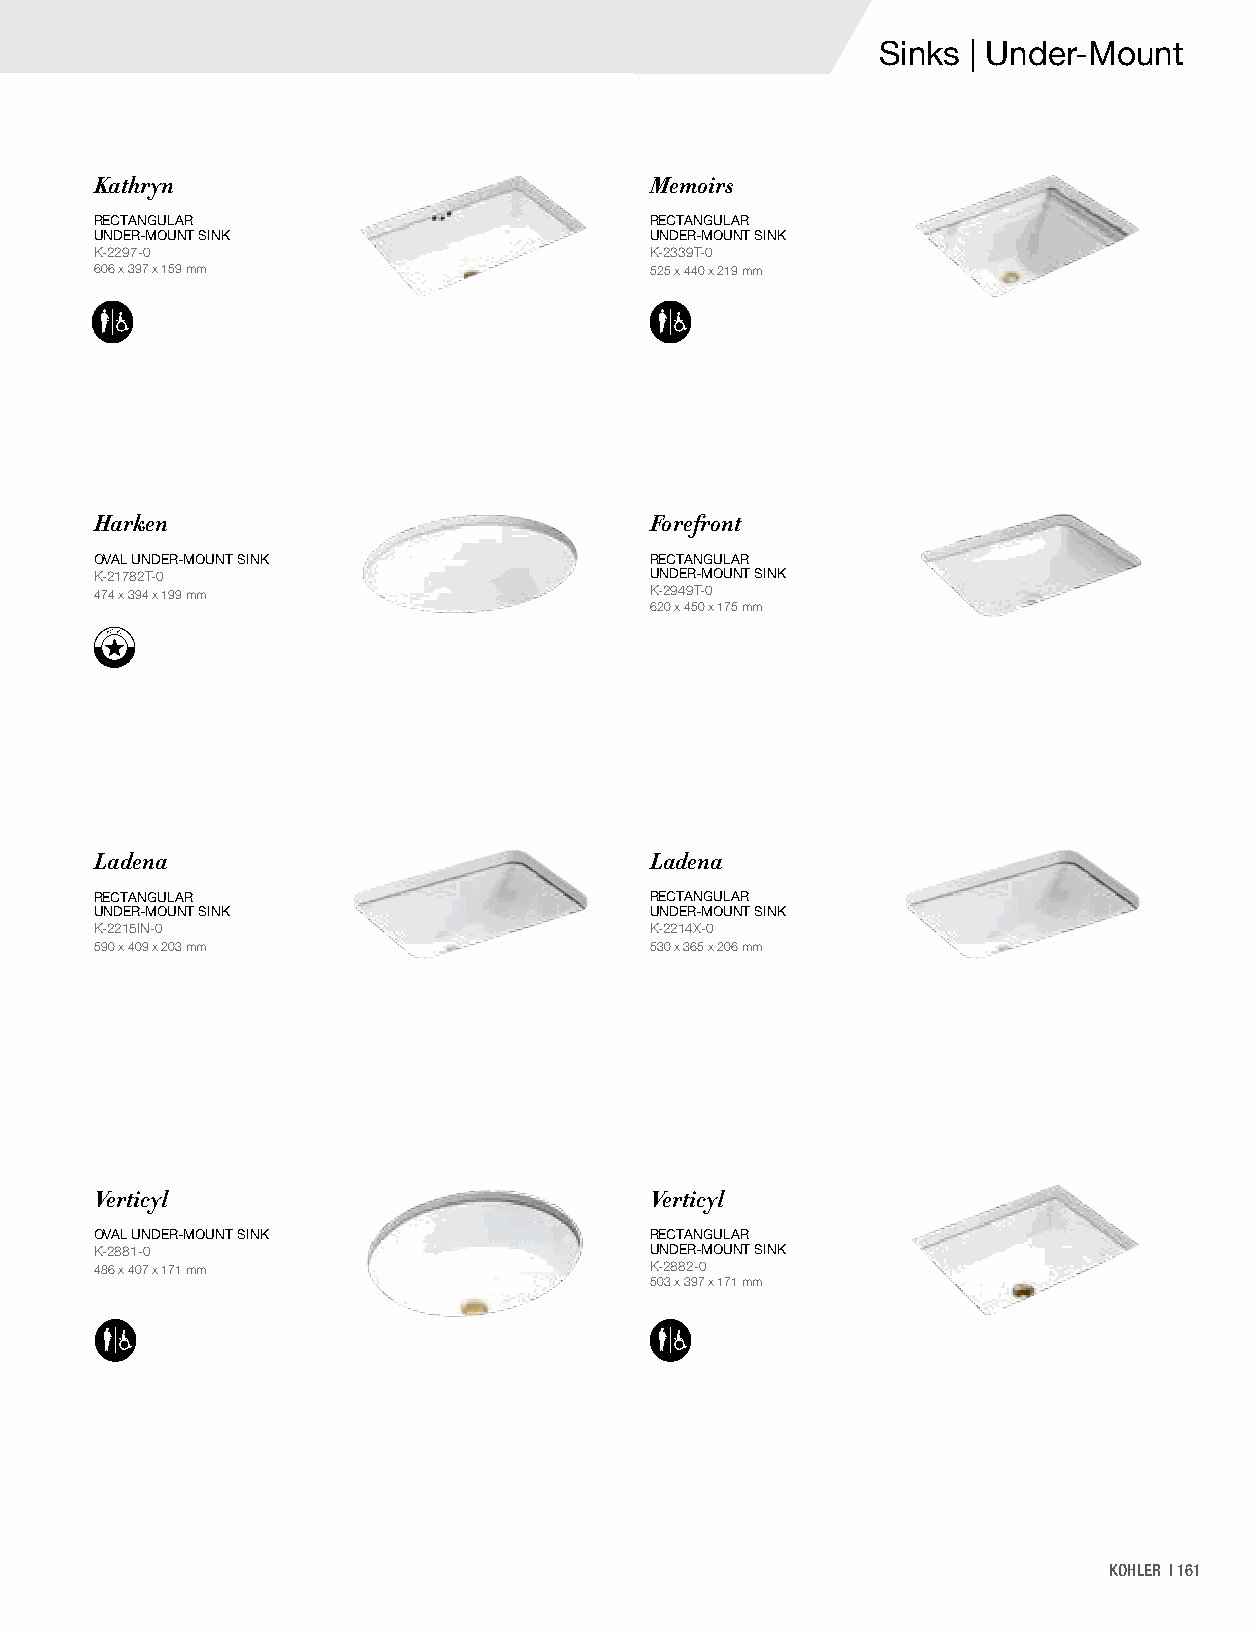
Sinks | Under-Mount
 Kathryn                              Memoirs
 RECTANGULAR                          RECTANGULAR
 UNDER-MOUNT SINK                     UNDER-MOUNT SINK
 K-2297-0                             K-2339T-0
 606 x 397 x 159 mm                   525 x 440 x 219 mm
 Harken                               Forefront
 OVAL UNDER-MOUNT SINK                RECTANGULAR
 K-21782T-0                           UNDER-MOUNT SINK
 474 x 394 x 199 mm                   K-2949T-0
 620 x 450 x 175 mm
 Ladena                               Ladena
 RECTANGULAR                          RECTANGULAR
 UNDER-MOUNT SINK                     UNDER-MOUNT SINK
 K-2215IN-0                           K-2214X-0
 590 x 409 x 203 mm                   530 x 365 x 206 mm
 Verticyl                             Verticyl
 OVAL UNDER-MOUNT SINK                RECTANGULAR
 K-2881-0                             UNDER-MOUNT SINK
 486 x 407 x 171 mm                   K-2882-0
 503 x 397 x 171 mm
 KOHLER | 161